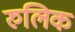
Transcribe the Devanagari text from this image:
रुलिक